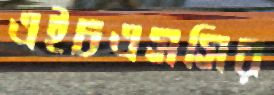
এইচএসসির